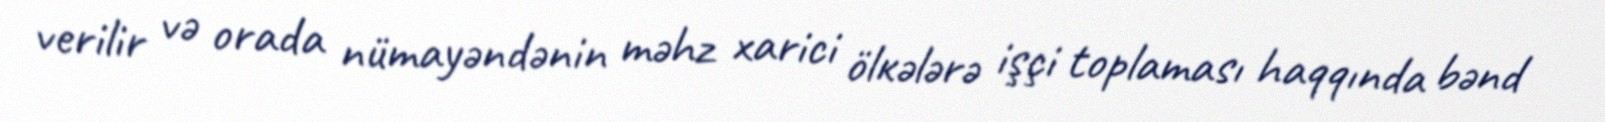
vеrilir və оrаdа nümаyəndənin məhz хаrici ölкələrə işçi tоplаmаsı hаqqındа bənd